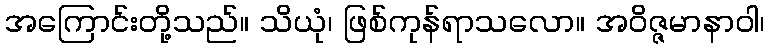
အကြောင်းတို့သည်။ သိယုံ၊ ဖြစ်ကုန်ရာသလော။ အဝိဇ္ဇမာနာဝါ၊